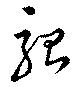
駘